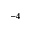
^ { - 4 }